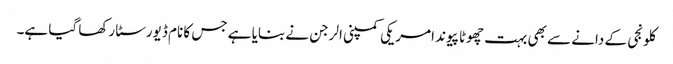
کلونجی کے دانے سے بھی بہت چھوٹا پیوند امریکی کمپنی الرجن نے بنایا ہے جس کا نام ڈیورسٹا رکھا گیا ہے۔